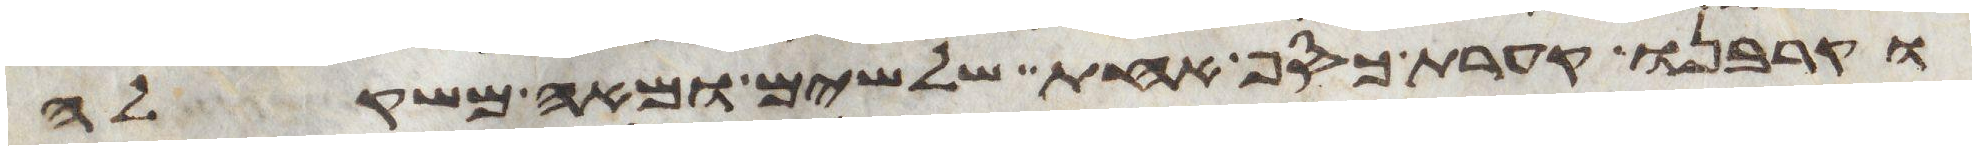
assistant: וקרבנו קערת כסף אחת שלשים ומאה משקלה